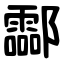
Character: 酃